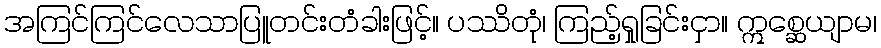
အကြင်ကြင်လေသာပြူတင်းတံခါးဖြင့်။ ပဿိတုံ၊ ကြည့်ရှုခြင်းငှာ။ ဣစ္ဆေယျာမ၊